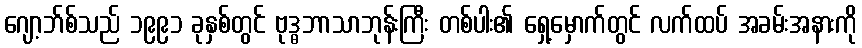
ဂျော့ဘ်စ်သည် ၁၉၉၁ ခုနှစ်တွင် ဗုဒ္ဓဘာသာဘုန်းကြီး တစ်ပါး၏ ရှေ့မှောက်တွင် လက်ထပ် အခမ်းအနားကို